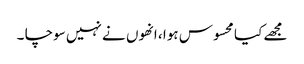
مجھے کیا محسوس ہوا ، انھوں نے نہیں سوچا ۔